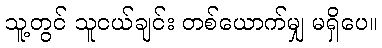
သူ့တွင် သူငယ်ချင်း တစ်ယောက်မျှ မရှိပေ။